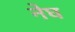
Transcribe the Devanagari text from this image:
नेघ